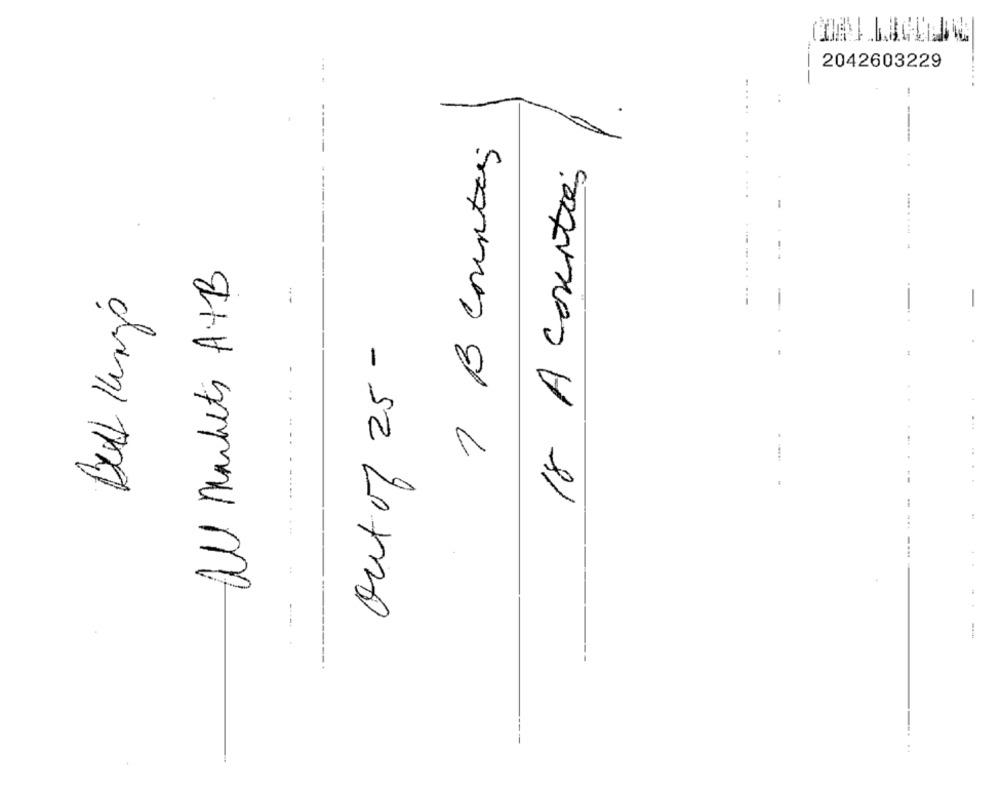
2042603229
. .
...
1
7 B counters
18 A counties
-
.......
..... ....
all Markets A+B
-..
Bull King's
out of 25 -
..
---